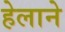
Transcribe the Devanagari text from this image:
हेलाने